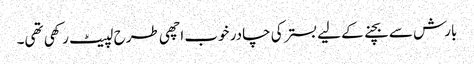
بارش سے بچنے کے لیے بستر کی چادر خوب اچھی طرح لپیٹ رکھی تھی۔